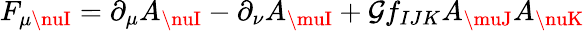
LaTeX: F_{\mu\nuI}=\partial_{\mu}A_{\nuI}-\partial_{\nu}A_{\muI}+\mathcal{G}f_{IJK}A_{\muJ}A_{\nuK}